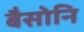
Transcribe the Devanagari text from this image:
बैसोनि